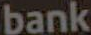
bank